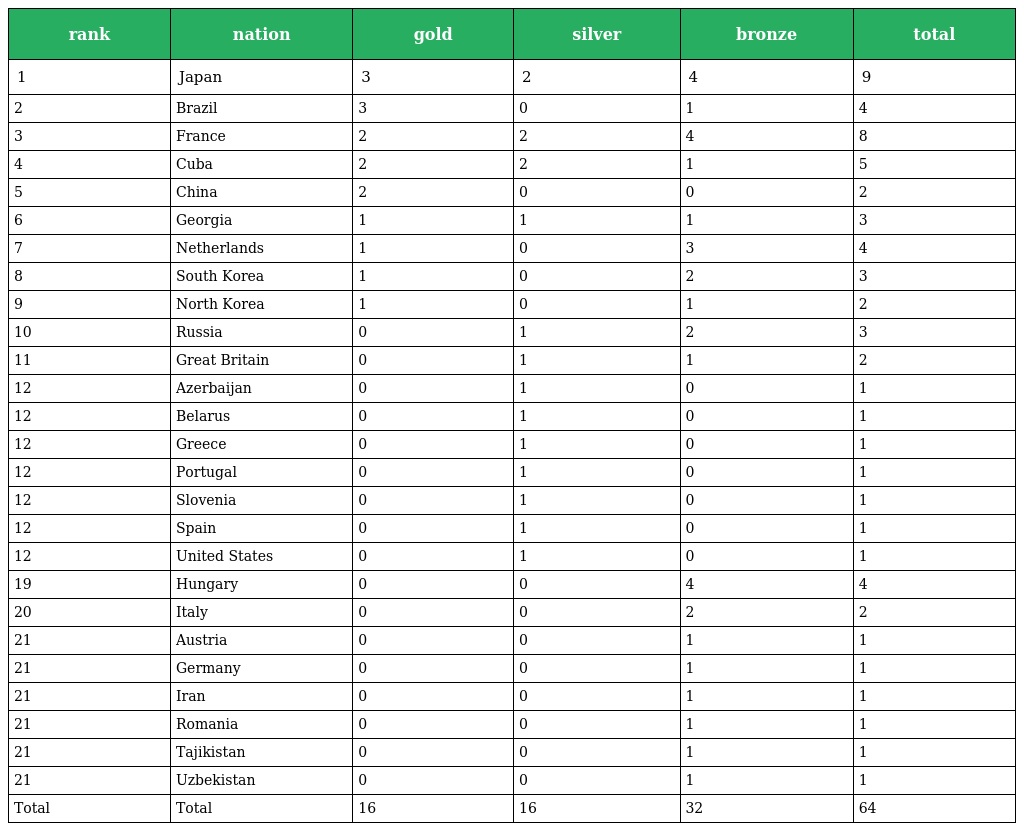
| rank | nation | gold | silver | bronze | total |
 | --- | --- | --- | --- | --- | --- |
 | 1 | Japan | 3 | 2 | 4 | 9 |
 | 2 | Brazil | 3 | 0 | 1 | 4 |
 | 3 | France | 2 | 2 | 4 | 8 |
 | 4 | Cuba | 2 | 2 | 1 | 5 |
 | 5 | China | 2 | 0 | 0 | 2 |
 | 6 | Georgia | 1 | 1 | 1 | 3 |
 | 7 | Netherlands | 1 | 0 | 3 | 4 |
 | 8 | South Korea | 1 | 0 | 2 | 3 |
 | 9 | North Korea | 1 | 0 | 1 | 2 |
 | 10 | Russia | 0 | 1 | 2 | 3 |
 | 11 | Great Britain | 0 | 1 | 1 | 2 |
 | 12 | Azerbaijan | 0 | 1 | 0 | 1 |
 | 12 | Belarus | 0 | 1 | 0 | 1 |
 | 12 | Greece | 0 | 1 | 0 | 1 |
 | 12 | Portugal | 0 | 1 | 0 | 1 |
 | 12 | Slovenia | 0 | 1 | 0 | 1 |
 | 12 | Spain | 0 | 1 | 0 | 1 |
 | 12 | United States | 0 | 1 | 0 | 1 |
 | 19 | Hungary | 0 | 0 | 4 | 4 |
 | 20 | Italy | 0 | 0 | 2 | 2 |
 | 21 | Austria | 0 | 0 | 1 | 1 |
 | 21 | Germany | 0 | 0 | 1 | 1 |
 | 21 | Iran | 0 | 0 | 1 | 1 |
 | 21 | Romania | 0 | 0 | 1 | 1 |
 | 21 | Tajikistan | 0 | 0 | 1 | 1 |
 | 21 | Uzbekistan | 0 | 0 | 1 | 1 |
 | Total | Total | 16 | 16 | 32 | 64 |